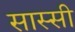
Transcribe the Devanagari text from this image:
सास्सी